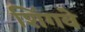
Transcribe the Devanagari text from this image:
शिंगवे